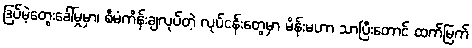
ဒြပ်မဲ့တွေးခေါ်မှုမှာ၊ စီမံကိန်းချလုပ်တဲ့ လုပ်ငန်းတွေမှာ မိန်းမဟာ သာပြီးတောင် ထက်မြက်